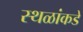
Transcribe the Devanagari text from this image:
स्थळांकडे